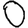
Digit: 0